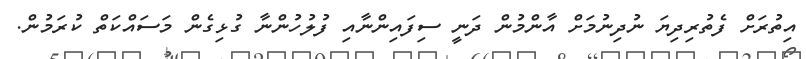
އިތުރަށް ފެތުރިދިޔަ ނުދިނުމަށް އާންމުން ދަނީ ސިފައިންނާއި ފުލުހުންނާ ގުޅިގެން މަސައްކަތް ކުރަމުން.